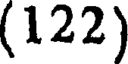
(122)